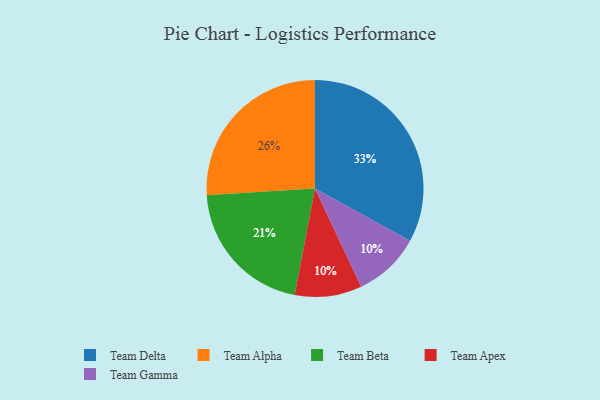
{"axis": {"x": "Category", "y": "Percentage"}, "legend": ["Team Alpha", "Team Apex", "Team Beta", "Team Delta", "Team Gamma"], "data": [{"x": "Team Beta", "y": 21, "type": "Team Beta"}, {"x": "Team Apex", "y": 10, "type": "Team Apex"}, {"x": "Team Gamma", "y": 10, "type": "Team Gamma"}, {"x": "Team Delta", "y": 33, "type": "Team Delta"}, {"x": "Team Alpha", "y": 26, "type": "Team Alpha"}]}